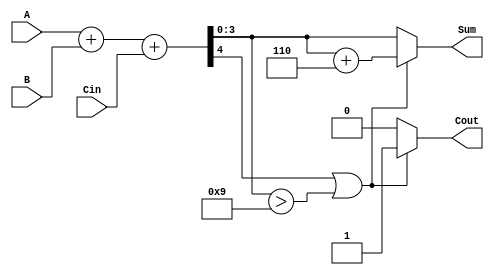
module BCD_Hybrid_Adder (
    input  wire [3:0] A,      // First BCD digit (0-9)
    input  wire [3:0] B,      // Second BCD digit (0-9)
    input  wire Cin,          // Carry input
    output reg  [3:0] Sum,    // BCD sum output
    output reg  Cout          // Carry output
);

    wire [4:0] S;            // 5-bit sum to accommodate carry
    wire [3:0] corrected_sum; // Corrected BCD sum

    // Step 1: Binary addition of A, B, and Cin
    assign S = A + B + Cin;

    // Step 2: BCD correction logic
    always @(*) begin
        if (S[4] || (S[3:0] > 4'd9)) begin
            // If S[4] is 1 (carry out) or S[3:0] > 9, correction is needed
            corrected_sum = S[3:0] + 4'd6; // Add 6 for BCD correction
            Cout = 1; // Set carry out
        end else begin
            corrected_sum = S[3:0]; // No correction needed
            Cout = 0; // Clear carry out
        end
        Sum = corrected_sum; // Assign corrected value to Sum
    end

endmodule